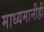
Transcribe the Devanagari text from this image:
माध्यमानीही